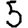
Digit: 5